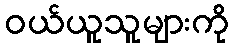
ဝယ်ယူသူများကို